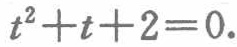
\(t^{2}+t + 2 = 0.\)